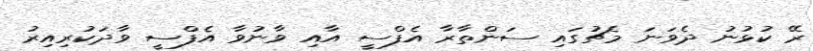
ރޭ ކުޅުނު ދެވަނަ މެޗުގައި ސަންތާރާ އެފްސީ އާއި ވާނުވާ އެފްސީ ވާދަކުރިއިރު